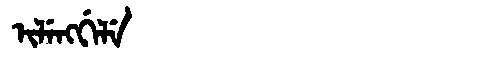
Manchu: ᡳᠯᡝᠩᡤᡝᠯᡝ
Romanization: ILENGGELE